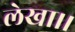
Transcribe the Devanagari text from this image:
लेखा।।